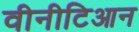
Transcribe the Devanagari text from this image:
वीनीटिआन